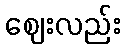
ဈေးလည်း